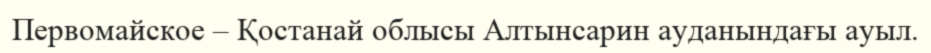
Первомайское – Қостанай облысы Алтынсарин ауданындағы ауыл.